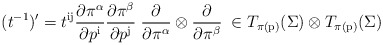
\begin{align*}(t^{-1})' = t^{\mathrm{ij}} {\partial\pi^\alpha\over\partial p^{\mathrm{i}}}{\partial\pi^\beta\over\partial p^{\mathrm{j}}}\; {\partial\over\partial\pi^\alpha}\otimes{\partial\over\partial\pi^\beta}\;\in T_{\pi(\mathrm{p})}(\Sigma) \otimes T_{\pi(\mathrm{p})}(\Sigma)\end{align*}